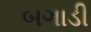
બગાડી